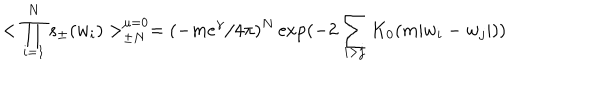
< \prod _ { i = 1 } ^ { N } s _ { \pm } ( w _ { i } ) > _ { \pm N } ^ { \mu = 0 } = ( - m e ^ { \gamma } / 4 \pi ) ^ { N } \exp ( - 2 \sum _ { i > j } K _ { 0 } ( m \vert w _ { i } - w _ { j } \vert ) )